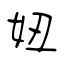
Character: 妞